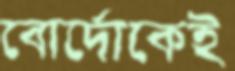
বোর্দোকেই